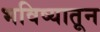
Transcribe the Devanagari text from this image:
भविष्यातून